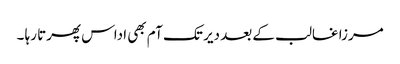
مرزا غالب کے بعد دیر تک آم بھی اداس پھرتا رہا ۔